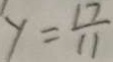
y = \frac { 1 7 } { 1 1 }